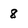
Character: 8